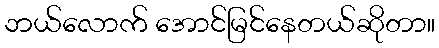
ဘယ်လောက် အောင်မြင်နေတယ်ဆိုတာ။